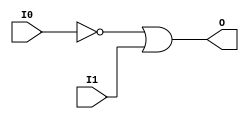
// $Header: /devl/xcs/repo/env/Databases/CAEInterfaces/xec_libs/data/unisims/OR2B1.v,v 1.1 2005/05/10 01:20:08 wloo Exp $

/*

FUNCTION	: 2-INPUT OR GATE

*/

`celldefine
`timescale  100 ps / 10 ps

module OR2B1 (O, I0, I1);

    output O;

    input  I0, I1;

    not N0 (i0_inv, I0);
    or O1 (O, i0_inv, I1);

endmodule